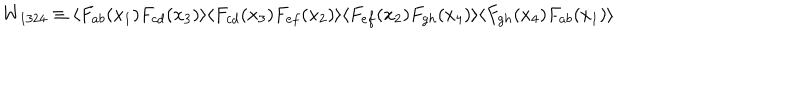
W _ { 1 3 2 4 } \equiv \langle F _ { a b } ( x _ { 1 } ) F _ { c d } ( x _ { 3 } ) \rangle \langle F _ { c d } ( x _ { 3 } ) F _ { e f } ( x _ { 2 } ) \rangle \langle F _ { e f } ( x _ { 2 } ) F _ { g h } ( x _ { 4 } ) \rangle \langle F _ { g h } ( x _ { 4 } ) F _ { a b } ( x _ { 1 } ) \rangle